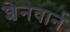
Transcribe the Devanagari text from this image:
शेनवार्न